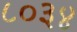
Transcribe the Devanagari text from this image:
८०३४